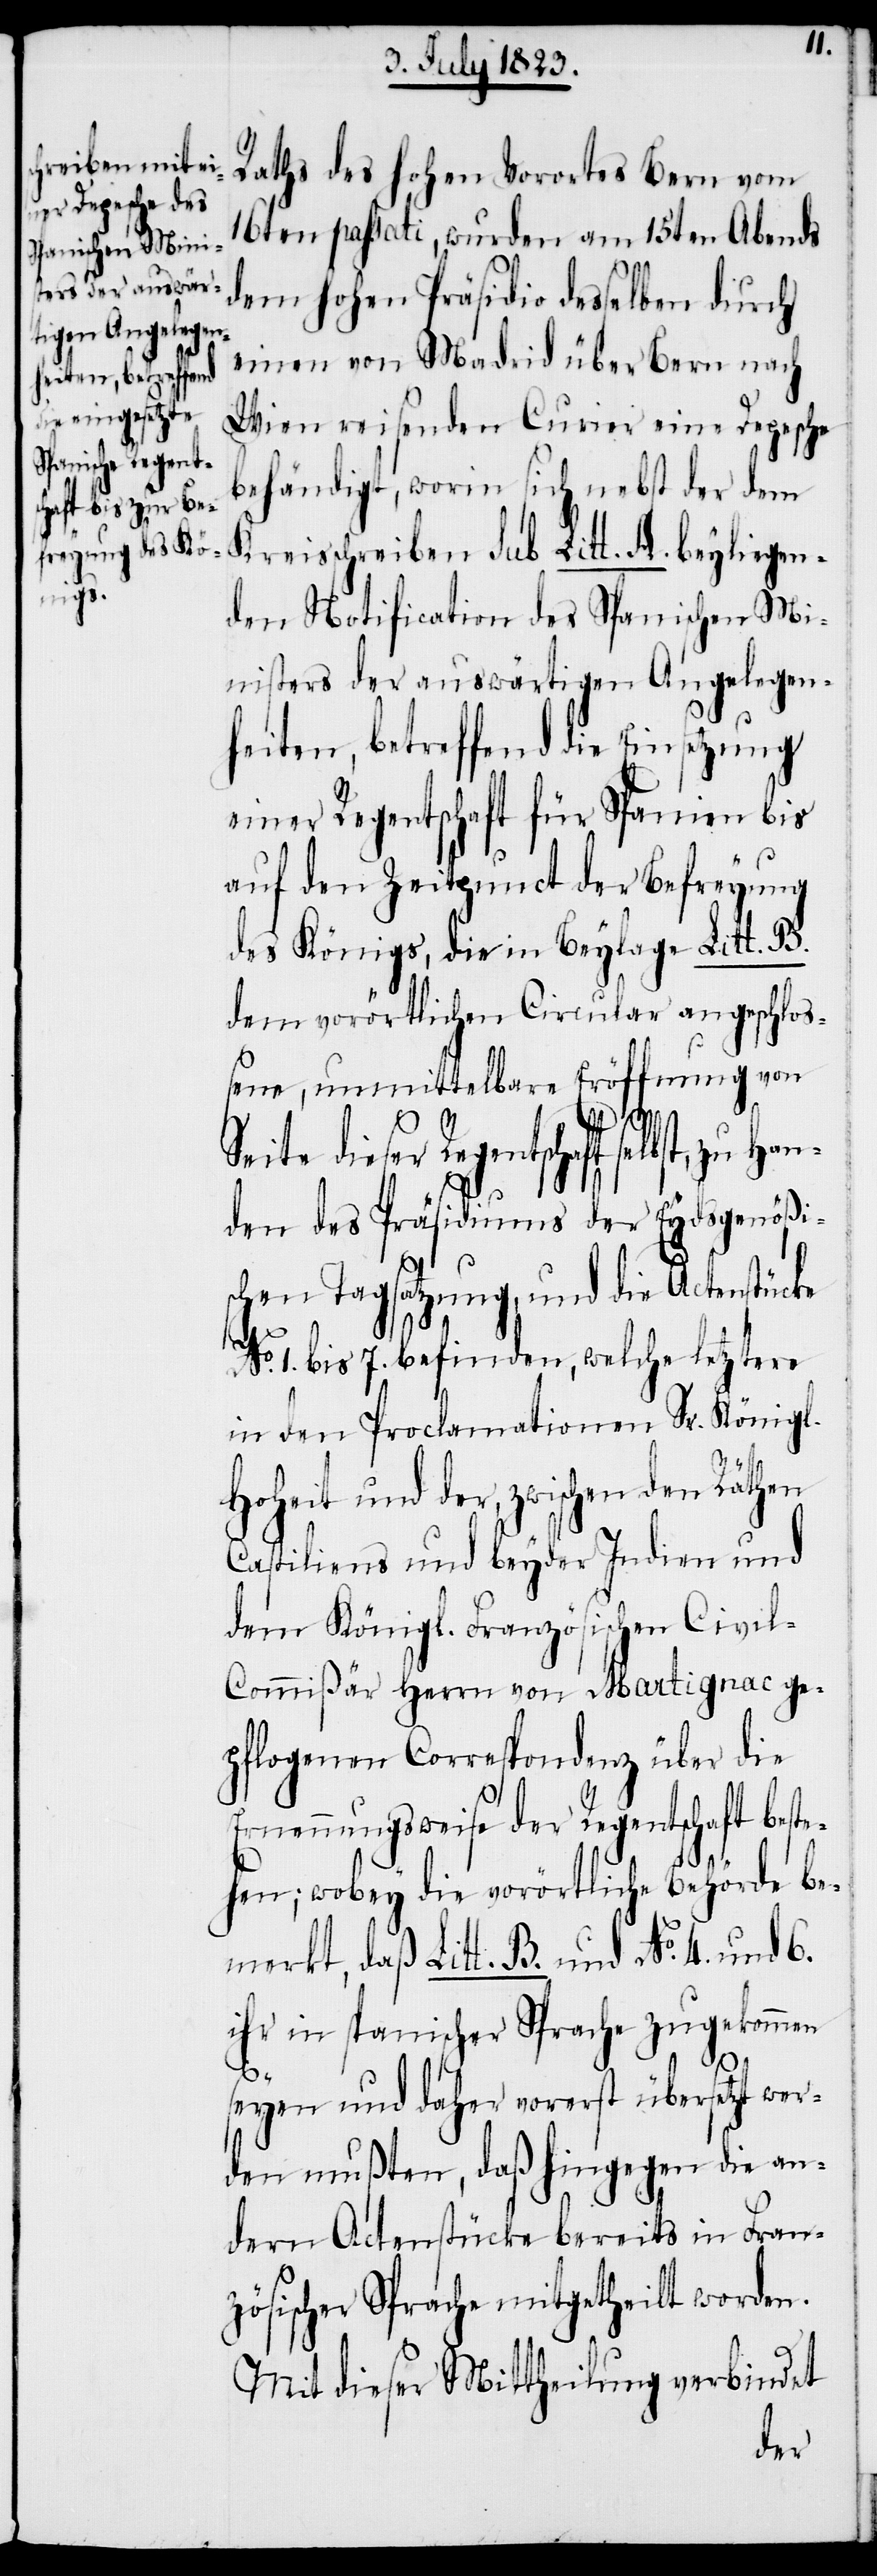
zu Han¬

S¬
Raths des hohen Vorortes Bern vom
16ten passati, wurden am 15ten Abends
dem hohen Präsidio desselben durch
einen von Madrid über Bern nach
Wien reisenden Curier eine Depesche
behändigt, worin sich nebst der dem
Kreisschreiben sub Litt. A. beyliegen¬
den Notification des Spanischen Mi¬
nisters der auswärtigen Angelegen¬
heiten, betreffend die Einsetzung
einer Regentschaft für Spanien bis
auf den Zeitpunct der Befreyung
des Königs, die in Beylage Litt. B.
dem vorörtlichen Circular angeschloß¬
ene, unmittelbare Eröffnung von
eite dieser Regentschaft selbst,
den des Präsidiums der Eydsgenößi¬
schen Tagsatzung, und die Actenstücke
No. 1. bis 7. befinden, welche letztere
in den Proclamationen Sr. Königl.
Hoheit und der, zwischen den Räthen
Castiliens und beyder Indien und
dem Königl. Französischen Civi¬
l-Commißär Herrn von Martignac ge¬
pflogenen Correspondenz über die
Ernennungsweise der Regentschaft beste¬
hen; wobey die vorörtliche Behörde be¬
merkt, daß Litt. B. und No. 4. und 6.
ihr in spanischer Sprache zugekommen
seyen und daher vorerst übersetzt wer¬
den mußten, daß hingegen die an¬
dern Actenstücke bereits in Fran¬
zösischer Sprache mitgetheilt worden.
Mit dieser Mittheilung verbindet